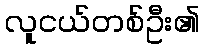
လူငယ်တစ်ဦး၏